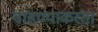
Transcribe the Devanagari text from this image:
वाहण्याकरता